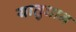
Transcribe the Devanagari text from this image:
यातुधान